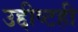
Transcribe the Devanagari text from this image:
उद्दीष्टही